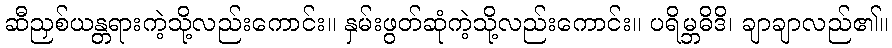
ဆီညှစ်ယန္တရားကဲ့သို့လည်းကောင်း။ နှမ်းဖွတ်ဆုံကဲ့သို့လည်းကောင်း။ ပရိမ္ဘဓိဒိ၊ ချာချာလည်၏။